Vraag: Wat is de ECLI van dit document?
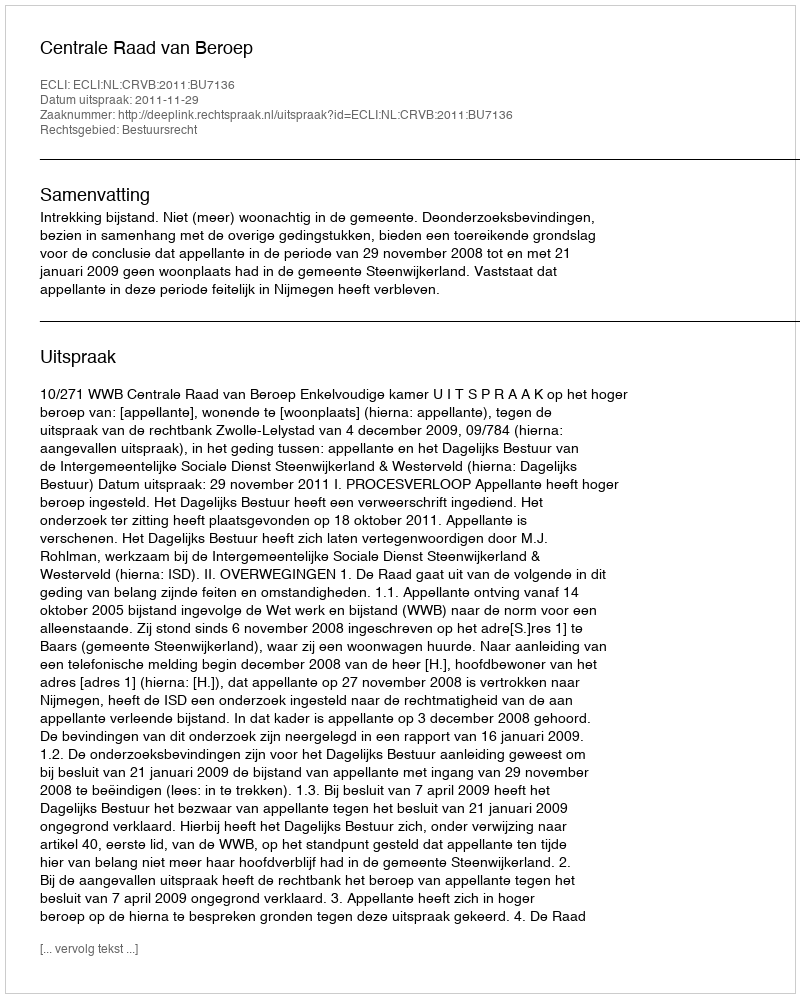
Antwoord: ECLI:NL:CRVB:2011:BU7136